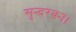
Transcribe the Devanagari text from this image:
सुन्दरवन।